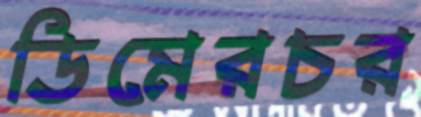
ডিমেরচর